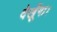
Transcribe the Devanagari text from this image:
देखूँगा।